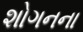
શોગનના